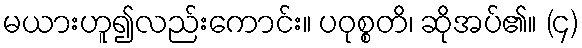
မယားဟူ၍လည်းကောင်း။ ပဝုစ္စတိ၊ ဆိုအပ်၏။ (၄)